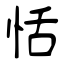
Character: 恬